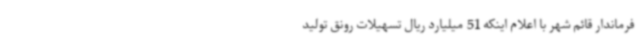
فرماندار قائم شهر با اعلام اینکه 51 میلیارد ریال تسهیلات رونق تولید